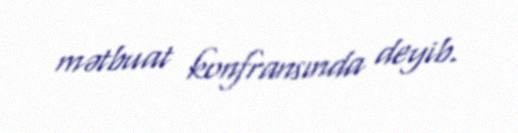
mətbuat konfransında deyib.